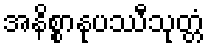
အနိစ္စာနုပဿီသုတ္တံ